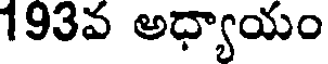
193వ అధ్యాయం